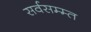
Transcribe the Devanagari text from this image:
सर्वसम्म्त